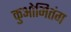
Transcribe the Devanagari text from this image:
कुओमितंग